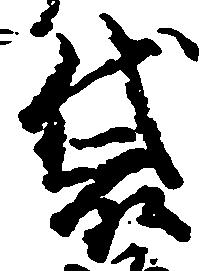
袋